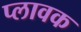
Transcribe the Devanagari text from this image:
प्लावक